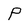
Character: P